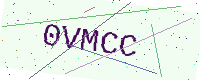
Text: 0VMCC